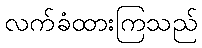
လက်ခံထားကြသည်